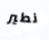
نطير